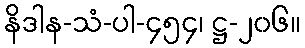
နိဒါန-သံ-ပါ-၄၅၄၊ ဋ္ဌ-၂၀၆။